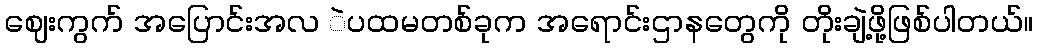
ဈေးကွက် အပြောင်းအလ ဲပထမတစ်ခုက အရောင်းဌာနတွေကို တိုးချဲ့ဖို့ဖြစ်ပါတယ်။